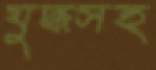
যুদ্ধসহ